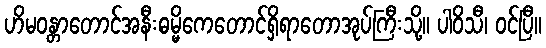
ဟိမဝန္တာတောင်အနီးဓမ္မိကေတောင်ရှိရာတောအုပ်ကြီးသို့။ ပါဝိသီ၊ ဝင်ပြီ။